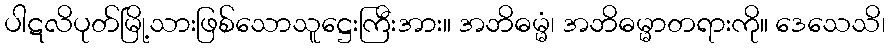
ပါဋလိပုတ်မြို့သားဖြစ်သောသူဋ္ဌေးကြီးအား။ အဘိဓမ္မံ၊ အဘိဓမ္မာတရားကို။ ဒေသေသိ၊